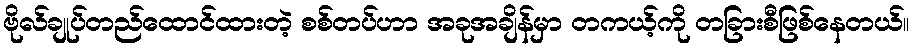
ဗိုလ်ချုပ်တည်ထောင်ထားတဲ့ စစ်တပ်ဟာ အခုအချိန်မှာ တကယ့်ကို တခြားစီဖြစ်နေတယ်။